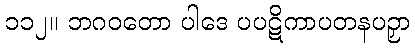
၁၁၂။ ဘဂဝတော ပါဒေ ပပဋိကာပတနပဉှာ